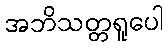
အဘိသတ္တရူပေါ